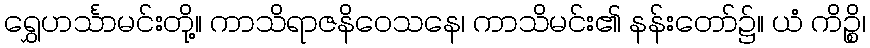
ရွှေဟင်္သာမင်းတို့။ ကာသိရာဇနိဝေသနေ၊ ကာသိမင်း၏ နန်းတော်၌။ ယံ ကိဉ္စိ၊